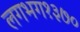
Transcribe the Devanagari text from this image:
लगभग१३७०